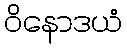
ဝိနောဒယံ